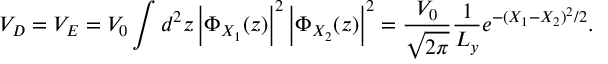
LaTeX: V _ { D } = V _ { E } = V _ { 0 } \int d ^ { 2 } z \left| \Phi _ { X _ { 1 } } ( z ) \right| ^ { 2 } \left| \Phi _ { X _ { 2 } } ( z ) \right| ^ { 2 } = { \frac { V _ { 0 } } { \sqrt { 2 \pi } } } { \frac { 1 } { L _ { y } } } e ^ { - ( X _ { 1 } - X _ { 2 } ) ^ { 2 } / 2 } .